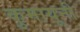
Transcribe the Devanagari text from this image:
कुमायूनी